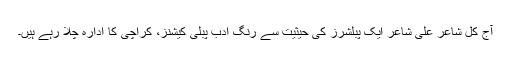
آج کل شاعر علی شاعرؔ ایک پبلشرز کی حیثیت سے رنگِ ادب پبلی کیشنز، کراچی کا ادارہ چلا رہے ہیں۔